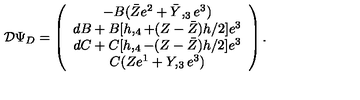
{ \cal D } \Psi _ { D } = \left( \begin{array} { c } { - B ( \bar { Z } e ^ { 2 } + \bar { Y } , _ { 3 } e ^ { 3 } ) } \\ { d B + B [ h , _ { 4 } + ( Z - \bar { Z } ) h / 2 ] e ^ { 3 } } \\ { d C + C [ h , _ { 4 } - ( Z - \bar { Z } ) h / 2 ] e ^ { 3 } } \\ { C ( Z e ^ { 1 } + Y , _ { 3 } e ^ { 3 } ) } \\ \end{array} \right) .